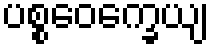
ပစ္စဝေက္ခေယျ